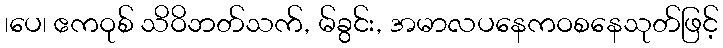
၊ပေ၊ ဧကဝုစ် သိဝိဘတ်သက်, မ်ခွင်း, အမာလပနေကဝစနေသုတ်ဖြင့်